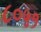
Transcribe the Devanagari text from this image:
८०५१